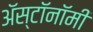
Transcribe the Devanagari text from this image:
ॲस्टॉनॉमी